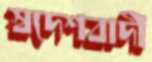
স্বদেশবাদী